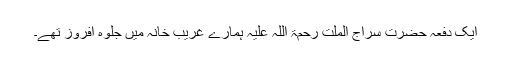
ایک دفعہ حضرت سراج الملّت رحمۃ اللہ علیہ ہمارے غریب خانہ میں جلوہ افروز تھے۔